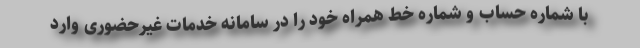
با شماره حساب و شماره خط همراه خود را در سامانه خدمات غیرحضوری وارد